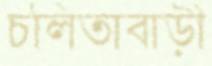
চলিতাবাড়ী